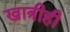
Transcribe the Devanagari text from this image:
खात्रीही